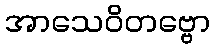
အာသေဝိတဗ္ဗော